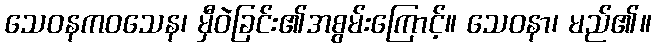
သေဝနကဝသေန၊ မှီဝဲခြင်း၏အစွမ်းကြောင့်။ သေဝနာ၊ မည်၏။